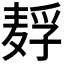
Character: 𱋗